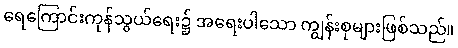
ရေကြောင်းကုန်သွယ်ရေး၌ အရေးပါသော ကျွန်းစုများဖြစ်သည်။